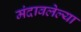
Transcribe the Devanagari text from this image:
मंदावलेल्या